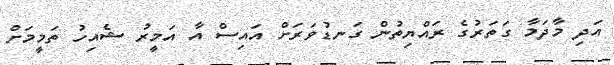
އަދި މާދަމާ ގަތަރުގެ ރައްޔިތުން ގަނޑުވަރަށް އައިސް އާ އަމީރު ޝެއިހު ތަމީމަށް